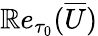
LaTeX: \mathbb{R}e_{\tau_{0}}(\overline{{{U}}})